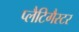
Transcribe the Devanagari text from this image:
प्लैटिगैस्टर